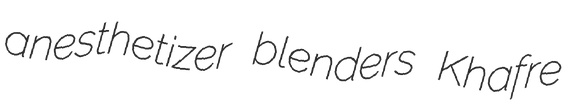
anesthetizer blenders Khafre